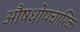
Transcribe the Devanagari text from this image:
औषधोपचारिक